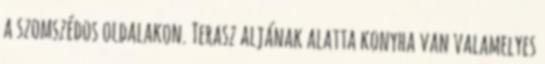
a szomszédos oldalakon. Terasz aljának alatta konyha van valamelyes